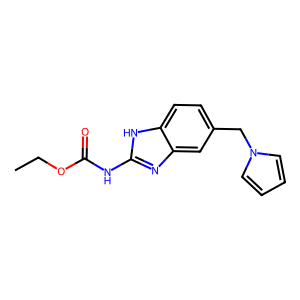
SMILES: CCOC(=O)Nc1nc2cc(Cn3cccc3)ccc2[nH]1
Inhibits HIV replication: No